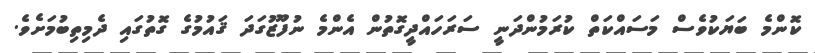
ކޮންމެ ބަޔަކުވެސް މަސައްކަތް ކުރަމުންދަނީ ސަރަހައްދީގޮތުން އެންމެ ނުފޫޒުގަދަ ޤައުމުގެ ގޮތުގައި ދެމިތިބުމަށެވެ.